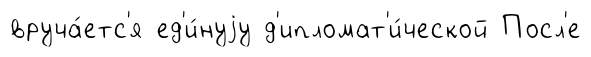
вруча́етс'я ед'и́нуjу д'ипломат'и́ческой Посл'е